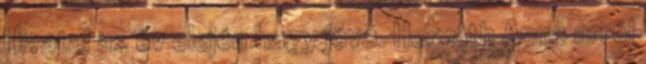
Hivatal az év elején hagy jóvá. Horváth Anna arról